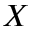
X